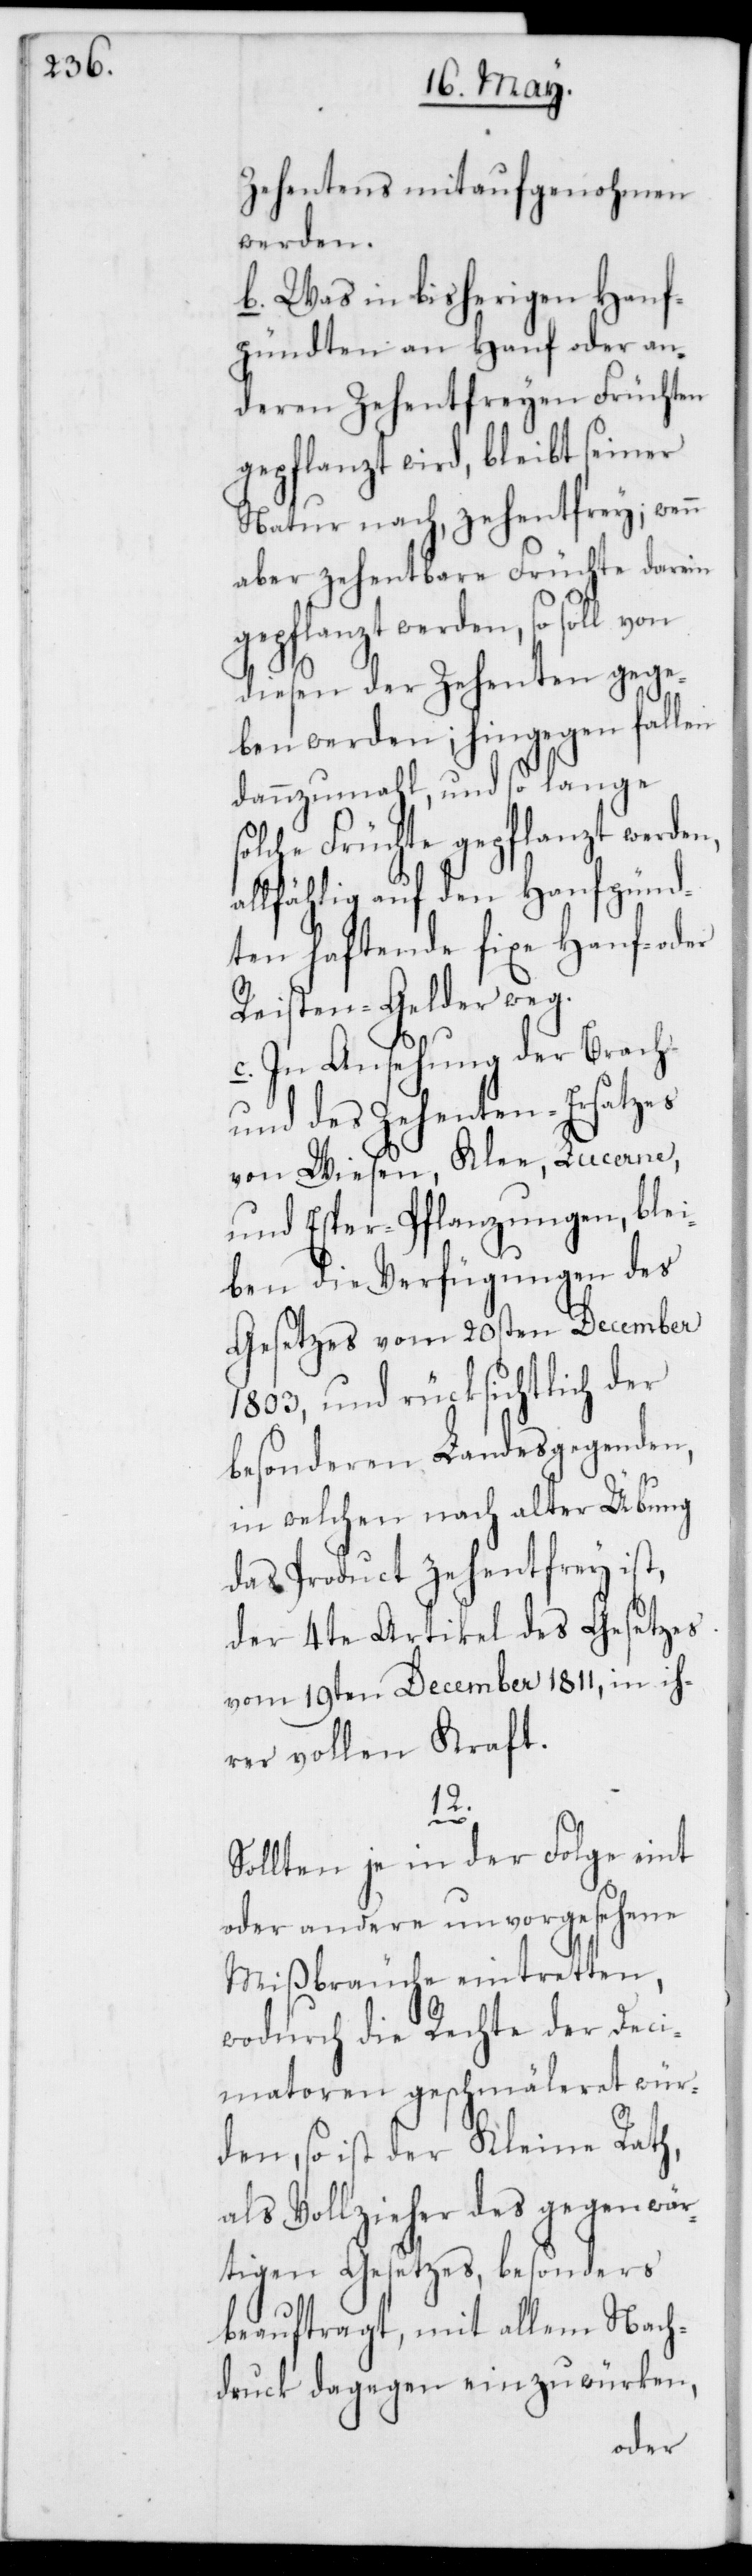
Zehentens mitaufgenohmen
werden.
b. Was in bisherigen Hanf¬
pündten an Hanf oder an¬
deren Zehentfreyen Früchten
gepflanzt wird, bleibt seiner
Natur nach, zehentfrey; wenn
aber zehentbare Früchte darein
gepflanzt werden, so soll von
diesen der Zehenten gege¬
ben werden; hingegen fallen
dannzumahl, und so lange
solche Früchte gepflanzt werden,
allfählig auf den Hanfpünd¬
ten haftende fixe Hanf- oder
Reisten-Gelder weg.
c. In Ansehung der Brach-
und des Zehenten-Ersatzes
von Wiesen, Klee, Lucerne,
und Esper-Pflanzungen, blei¬
ben die Verfügungen des
Gesetzes vom 20sten December
1803, und rücksichtlich der
besonderen Landesgegenden,
in welchen nach alter Übung
das Product zehentfrey ist,
der 4te Artikel des Gesetzes
vom 19ten December 1811, in ih¬
rer vollen Kraft.
12.
Sollten je in der Folge eint
oder andere unvorgesehene
Mißbräuche eintretten,
wodurch die Rechte der Deci¬
matoren geschmäleret wür¬
den, so ist der Kleine Rath,
als Vollzieher des gegenwär¬
tigen Gesetzes, besonders
beauftragt, mit allem Nach¬
druck dagegen einzuwürken,